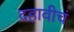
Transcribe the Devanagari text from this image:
दहावीचं